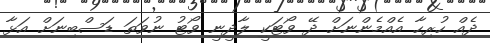
ދެއް ހުރިހާ އެއްމެންނަށް ދޭ ވޯޓަކީ ލާދީނީ ވޯޓު ނުވަތަ ޑަސްބިނަށް އަޅާ